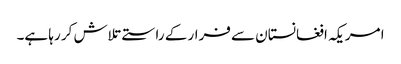
ا مریکہ افغانستان سے فرار کے راستے تلاش کر رہا ہے۔